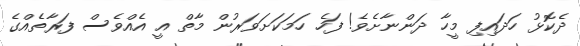
ދެކޮޅު ހަދައިފި މީހާ ދަންނާށެވެ! ފަހެ ހަމަކަށަވަރުން މާތް އީ އެއްވެސް ފަރާތެއްގެ